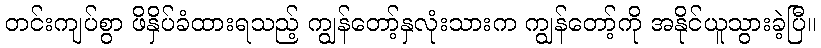
တင်းကျပ်စွာ ဖိနှိပ်ခံထားရသည့် ကျွန်တော့်နှလုံးသားက ကျွန်တော့်ကို အနိုင်ယူသွားခဲ့ပြီ။